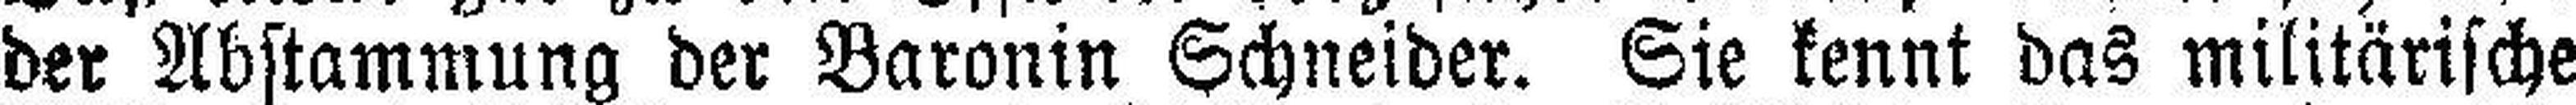
der Abstammung der Baronin Schneider. Sie kennt das militärische